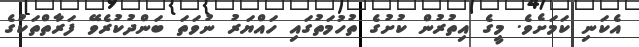
އެކަނި ކަމަށެވެ. މީގެ އިތުރުން ކުށުގެ ތުހުމަތުގައި ހައްޔަރު ނުވަތަ ބަންދުކުރެވޭ ފަރާތްތަކުގެ